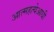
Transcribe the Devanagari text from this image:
आत्महत्येआधी